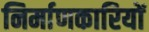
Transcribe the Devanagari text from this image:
निर्माणकारियों